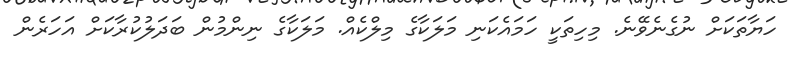
ހަޔާތަކަށް ނުގެނެވޭނެ. މިހިތަކީ ހަމައެކަނި މަލަކާގެ މިލްކެއް. މަލަކާގެ ނިންމުން ބަދަލުކުރާކަށް އަހަރެން